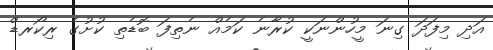
އަދި މިފަދަ ގިނަ މީހުންނަކީ ކުރާނެ ކަމެއް ނެތިފަ ބޮޑެތި ކުށުގެ ރިކޯރޑް